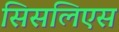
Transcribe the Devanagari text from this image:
सिसलिएस